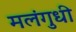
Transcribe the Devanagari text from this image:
मलंगुधी